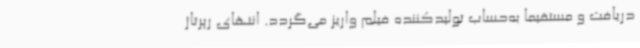
دریافت و مستقیما به‌حساب تولیدکننده فیلم واریز می‌گردد. انتهای رپرتاژ